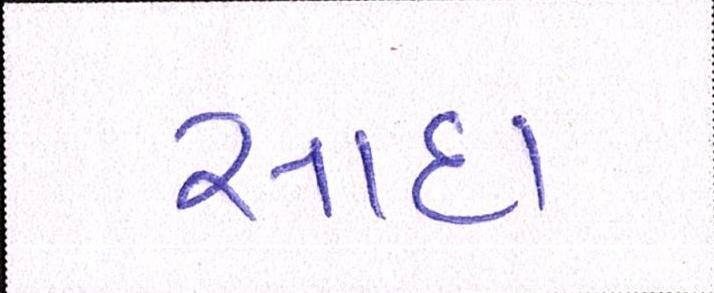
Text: સાદા